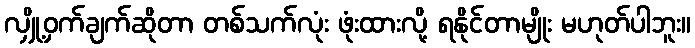
လျှို့ဝှက်ချက်ဆိုတာ တစ်သက်လုံး ဖုံးထားလို့ ရနိုင်တာမျိုး မဟုတ်ပါဘူး။